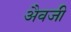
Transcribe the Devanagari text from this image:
अैवजी